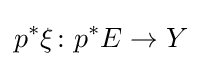
p^{*}\xi \colon p^{*}E\rightarrow Y